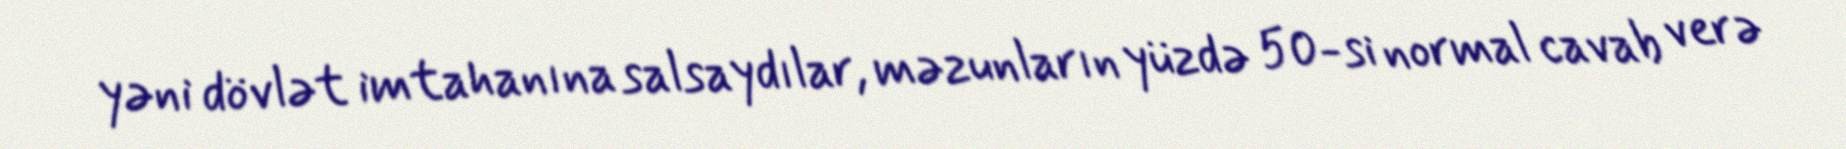
yəni dövlət imtahanına salsaydılar, məzunların yüzdə 50-si normal cavab verə